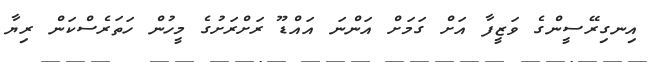
އިނގިރޭސީންގެ ވަޒީފާ އަށް ގަމަށް އަންނަ އައްޑޫ ރަށްރަށުގެ މީހުން ހަތަރެސްކަން ރިޔާ